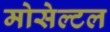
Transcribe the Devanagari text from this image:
मोसेल्टल